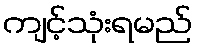
ကျင့်သုံးရမည်